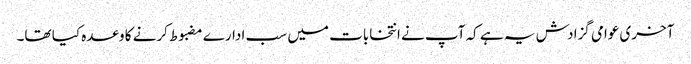
آخری عوامی گزادش یہ ہے کہ آپ نے انتخابات میں سب ادارے مضبوط کرنے کا وعدہ کیا تھا۔